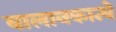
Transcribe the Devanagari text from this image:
बालानकान्चे